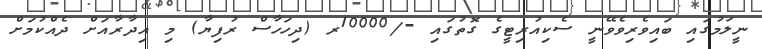
ނީލަމުގައި ބައިވެރިވެވޭނީ ސެކިއުރިޓީގެ ގޮތުގައި -/10000ރ (ދިހަހާސް ރުފިޔާ) މި އިދާރާއަށް ދެއްކުމަށް